Report of the Municipal Commissioner on the plague in Bombay for the year ending 31st May... - Volume 1
Disease focus: Plague
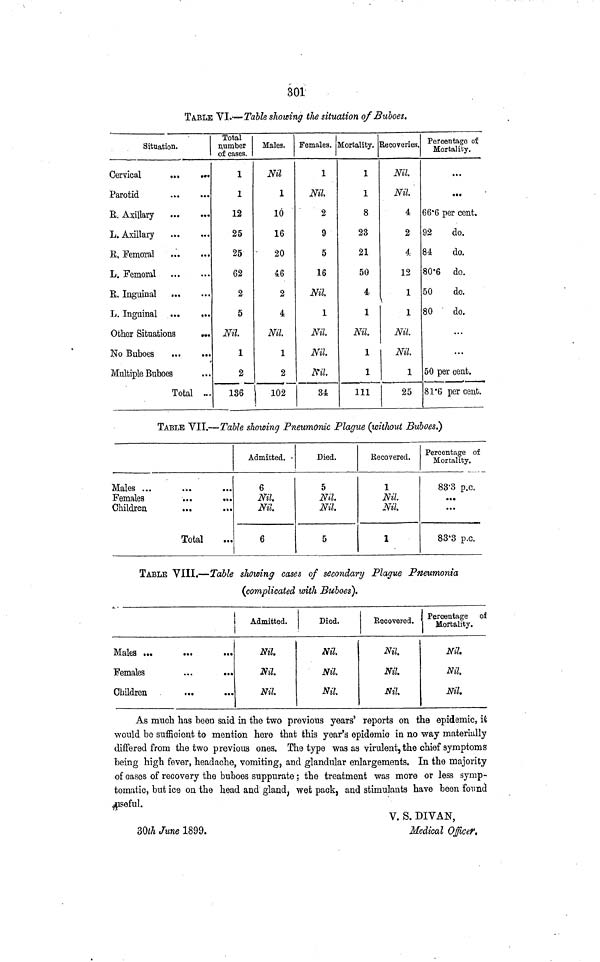
301
TABLE VI.—Table showing the situation of Buboes.
Situation.
Cervical
...
...
Parotid
R. Axillary
L. Axillary
R. Femoral
L. Femoral
R. Inguinal
L. Inguinal ...
..
Other Situations
...
No Buboes
Multiple Buboes
Total ...
Total
number
of cases.
1
1
12
25
25
62
2
5
Nil
1
2
136
Males.
Nil
1
10
16
20
46
2
4
Nil.
1
2
102
Females.
1
Nil.
2
9
5
16
Nil.
1
Nil
Nil.
Nil.
34
Mortality.
1
1
8
23
21
50
4
1
Nil
1
1
111
Recoveries.
Nil.
Nil
4
2
4
12
1
1
Nil
Nil.
1
25
Percentage oí
Mortality.
...
...
66.6 per cent.
92
do.
84
do.
80.6 do.
50
do.
80
do.
...
...
50 per cent.
81.6 per cent.
TABLE VII.—Table showing Pneumonic Plague (without Buboes.)
Males ...
Females
...
...
Children
...
...
Total
Admitted.
6
Nil
Nil
6
Died.
5
Nil
Nil
5
Recovered.
Nil
Nil
1
Percentage of
Mortality.
83.3 p.c.
...
...
83.3 p.c.
TABLE VIII.—Table showing cases of secondary Plague Pneumonia
(complicated with Buboes).
Males ...
Females
...
...
Children
...
Admitted.
Nil
Nil
Nil
Died.
Nil
Nil
Nil
Recovered.
Nil
Nil
Nil
Percentage of
Mortality.
Nil.
Nil
Nil.
As much has been said in the two previous years' reports on the epidemic, it
would be sufficient to mention here that this year's epidemic in no way materially
differed from the two previous ones. The type was as virulent, the chief symptoms
being high fever, headache, vomiting, and glandular enlargements. In the majority
of cases of recovery the buboes suppurate ; the treatment was more or less symp-
tomatic, but ice on the head and gland, wet pack, and stimulants have been found
useful.
V. S. DIVAN,
30th June 1899.
Medical Oßcer,